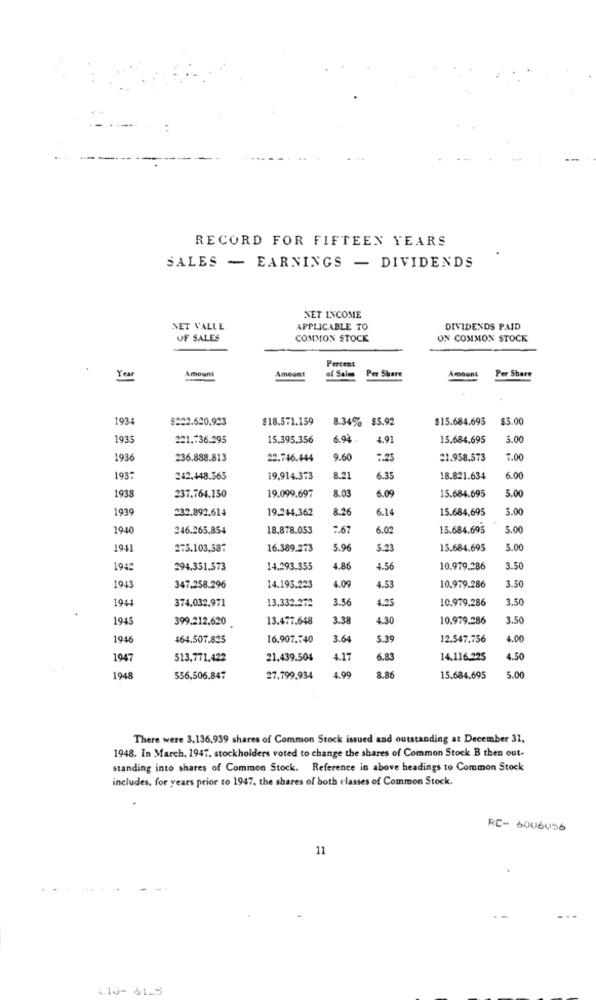
:
RECORD FOR FIFTEEN YEARS
SALES - EARNINGS - DIVIDENDS
NET INCOME
NET VALLE
APPLICABLE TO
DIVIDENDS PAID
OF SALES
COMMON STOCK
ON COMMON STOCK
Percent
Amount
Amount
of Sales
Amount
Year
Per Share
Per Share
1934
8222.620,923
$18.571.159
8.34% $5.92
$15.684.695
$5.00
1935
221.736.295
15.395,356
6.94
4.9
15,684,695
5.00
1936
236.888.813
22.746.444
9.60
7.25
21.958,573
7.00
1937
242.448.565
19,914.373
8.21
6.35
18.821.634
6.00
1938
19.099.697
8.03
237.764.150
6.09
15.684.695
5.00
1939
232.892.614
19.244,362
3.26
6.14
15.684,695
5.00
1940
246.265.854
18.878.053
.. 67
6.0
15.684.695
5.00
1941
275.103,587
16.389.273
5.96
5.2
15.684.695
5.00
1949
294.351,573
14.293.355
4.86
4.56
10.979.286
3.50
4.09
3.50
1943
347,258.296
14.195.223
4.53
10.979.286
1944
374,032,971
13,332.272
3.56
4.25
10.979,286
3.50
1945
399.212,620
13.477.648
3.38
4.30
10.979.286
3.50
1946
464,507.825
16,907.740
3.64
5.39
12.547,756
4.00
1947
513,771.422
21,439.504
4.17
6.83
14.116.225
4.50
1948
556,506.847
27,799,934
8.86
15.684,695
5.00
There were 3,136,939 shares of Common Stock issued and outstanding at December 31,
1948. In March, 1947. stockholders voted to change the shares of Common Stock B then out-
standing into shares of Common Stock. Reference in above headings to Common Stock
includes, for years prior to 1947, the shares of both classes of Common Stock.
RC- 6006056
11
413- 6145